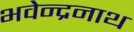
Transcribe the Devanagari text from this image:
भवेन्द्रनाथ